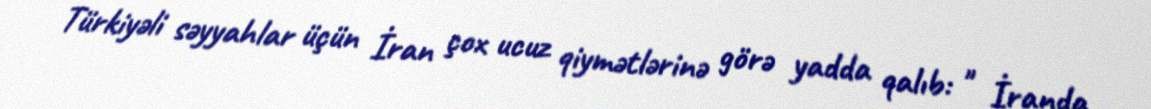
Türkiyəli səyyahlar üçün İran çox ucuz qiymətlərinə görə yadda qalıb: " İranda